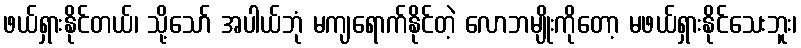
ဖယ်ရှားနိုင်တယ်၊ သို့သော် အပါယ်ဘုံ မကျရောက်နိုင်တဲ့ လောဘမျိုးကိုတော့ မဖယ်ရှားနိုင်သေးဘူး၊